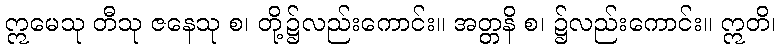
ဣမေသု တီသု ဇနေသု စ၊ တို့၌လည်းကောင်း။ အတ္တနိ စ၊ ၌လည်းကောင်း။ ဣတိ၊